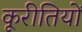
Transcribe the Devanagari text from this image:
कूरीतियों